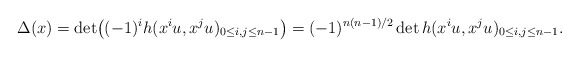
\begin{align*} \Delta(x) = \det\bigl((-1)^i h(x^{i}u,x^ju)_{0\leq i, j\leq n-1}\bigr)= (-1)^{n(n-1)/2}\det h(x ^{i}u,x^ju)_{0\leq i, j\leq n-1}.\end{align*}